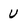
Character: U